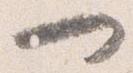
一